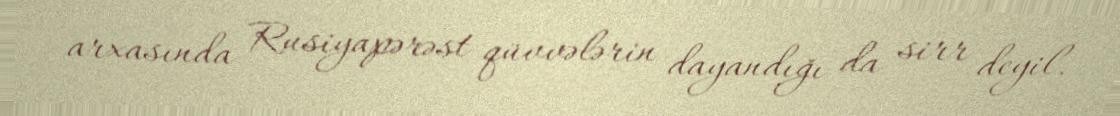
arxasında Rusiyapərəst qüvvələrin dayandığı da sirr deyil.